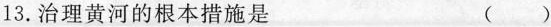
13.治理黄河的根本措施是 ( )